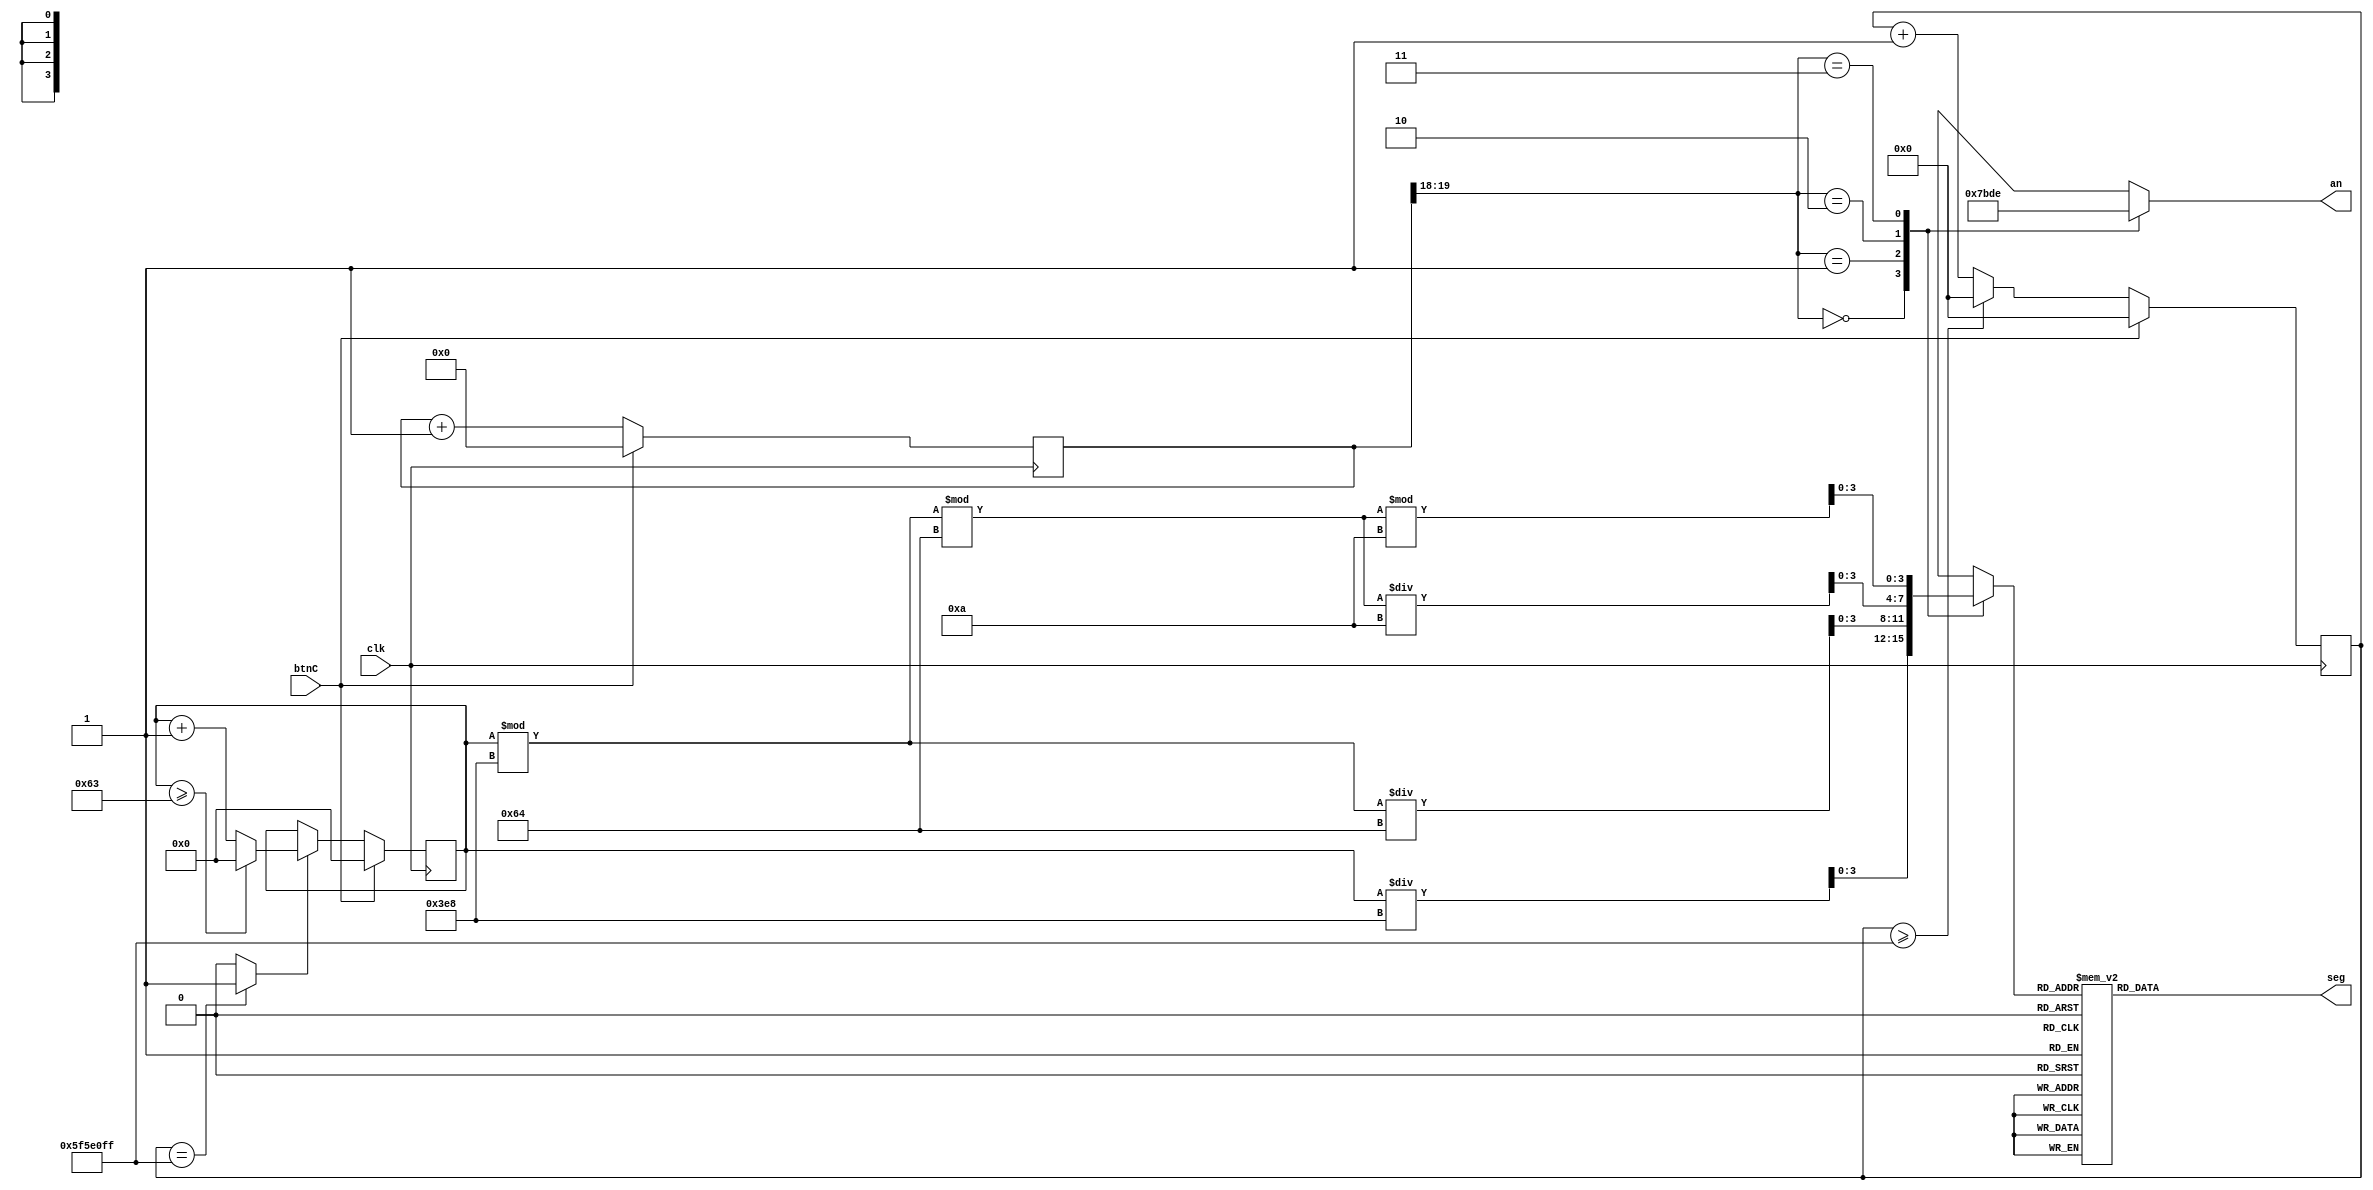
module ledClock(clk, btnC, an, seg);
input clk;
input btnC;
output reg [3:0] an;
output reg [6:0] seg;
reg [28:0]count;
reg [15:0]number; 
reg [3:0]bcd;
reg[19:0]cnt; 
wire enable;
wire [1:0]ac_cn; 
always @(posedge clk)
begin
if(btnC)
    count<=0;
else begin
     if(count>=99999999) 
        count<=0;   
    else 
        count<=count+1;
end
end
assign enable=(count==99999999)?1:0;

always @(posedge clk)
begin
if(btnC)begin
    number<=0;
end 
else if(enable==1)
begin
if(number>=99)
number<=0;
else
    number=number+1;
    end
end 

always@(posedge clk)
begin
if(btnC)
cnt<=0;
else
cnt<=cnt+1;
end

assign ac_cn= cnt[19:18];

always @(*)
begin
case(ac_cn)
2'b00: 
begin
bcd=number/1000;
an=4'b0111;
end

2'b01:
begin
bcd=(number%1000)/100;
an=4'b1011;
end

2'b10:
begin
bcd=((number%1000)%100)/10;
an=4'b1101;
end

2'b11:
begin
bcd=((number%1000)%100)%10;
an=4'b1110;
end
endcase
end

always@(*)
begin
case(bcd)
 4'b0000: seg = 7'b1000000; // "0" 1000000
 4'b0001: seg = 7'b1111001; // "1" 1111001
 4'b0010: seg = 7'b0100100; // "2" 0100100
 4'b0011: seg = 7'b0110000; // "3" 0110000
 4'b0100: seg = 7'b0011001; // "4" 0011001
 4'b0101: seg = 7'b0010010; // "5" 0010010
 4'b0110: seg = 7'b0000010; // "6" 0000010
 4'b0111: seg = 7'b1111000; // "7" 1111000
 4'b1000: seg = 7'b0000000; // "8" 0000000
 4'b1001: seg = 7'b0010000; // "9" 0010000
 default: seg = 7'b1000000; // "0" 1000000
 endcase
 end
endmodule